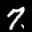
Label: 7